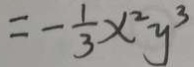
= - \frac { 1 } { 3 } x ^ { 2 } y ^ { 3 }